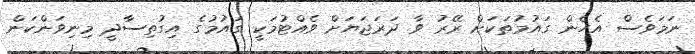
ނަމަވެސް އެހެން ގައުމުތަކަށް ރޭރު ވާ ދަރަޖަޔަށް ވެއްޓުމަކީ ގައުމުގެ އިގުތިސާދީ މިނިވަންކަން